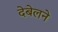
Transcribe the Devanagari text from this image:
देबेलने